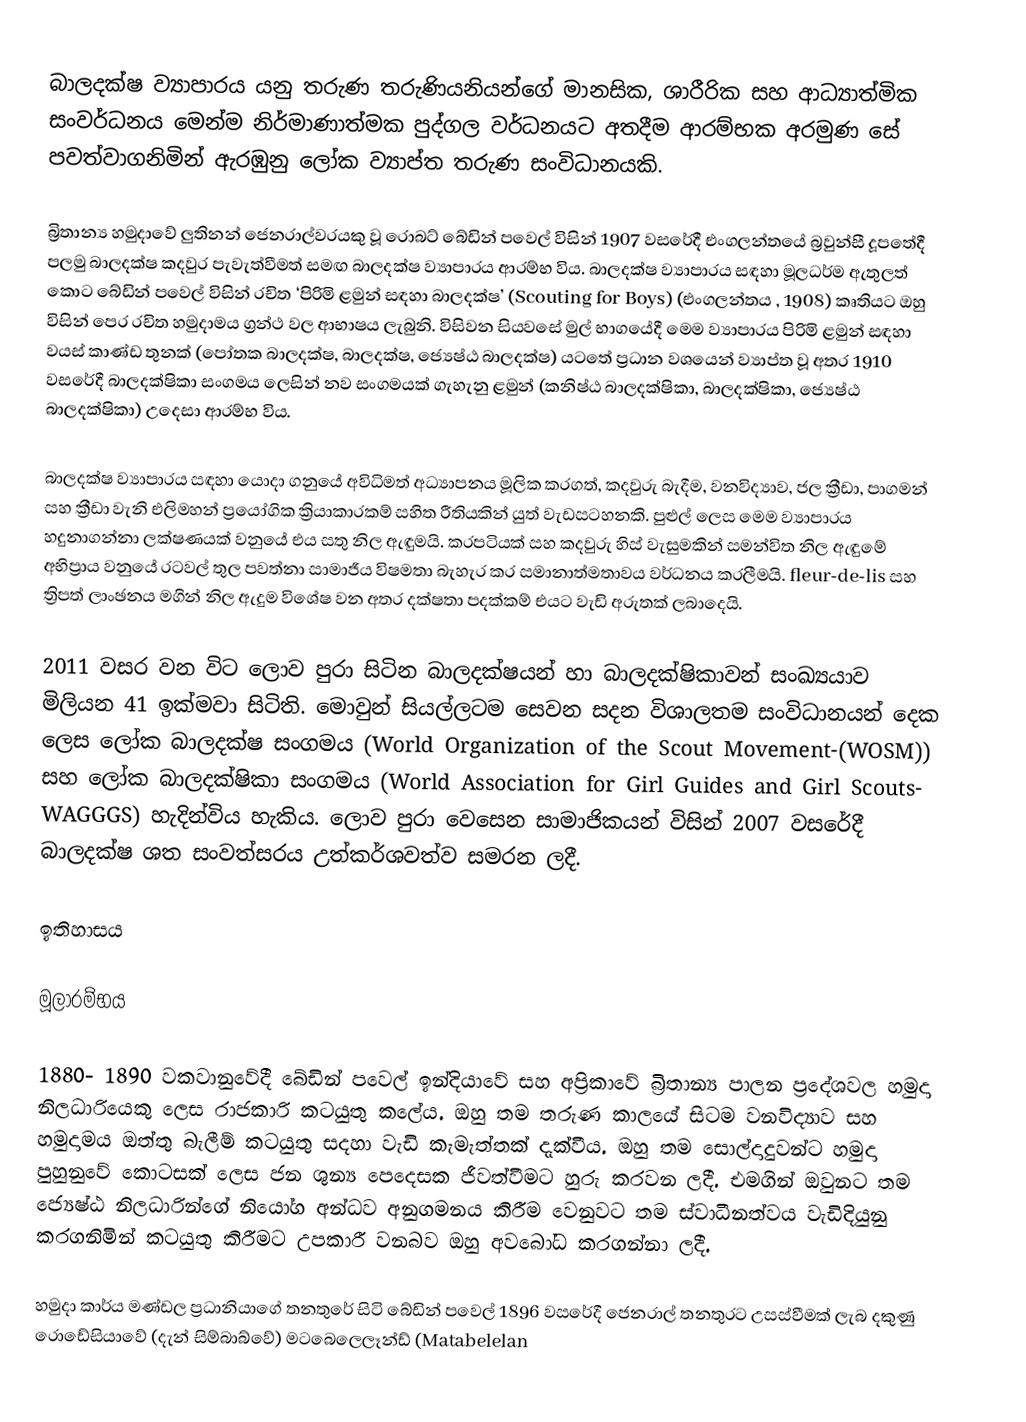
බාලදක්ෂ ව්‍යාපාරය යනු තරුණ තරුණියනියන්ගේ මානසික, ශාරීරික සහ ආධ්‍යාත්මික සංවර්ධනය මෙන්ම නිර්මාණාත්මක පුද්ගල වර්ධනයට අතදීම ආරම්භක අරමුණ  සේ පවත්වාගනිමින් ඇරඹුනු ලෝක ව්‍යාප්ත තරුණ සංවිධානයකි.

බ්‍රිතාන්‍ය හමුදාවේ ලුතිනන් ජෙනරාල්වරයකු වූ රොබට් බේඩින් පවෙල් විසින් 1907 වසරේදී එංගලන්තයේ බ්‍රවුන්සී දූපතේදී පලමු බාලදක්ෂ කදවුර පැවැත්වීමත් සමඟ බාලදක්ෂ ව්‍යාපාරය ආරම්භ විය. බාලදක්ෂ ව්‍යාපාරය සඳහා මූලධර්ම  ඇතුලත් කොට බේඩින් පවෙල් විසින් රචිත  ‘පිරිමි ළමුන් සඳහා බාලදක්ෂ’ (Scouting for Boys) (එංගලන්තය , 1908) කෘතියට ඔහු විසින් පෙර රචිත හමුදාමය ග්‍රන්ථ වල ආභාෂය ලැබුනි.  විසිවන සියවසේ මුල් භාගයේදී මෙම ව්‍යාපාරය පිරිමි ළමුන් සඳහා වයස් කාණ්ඩ තුනක් (පෝතක බාලදක්ෂ, බාලදක්ෂ, ජ්‍යෙෂ්ඨ බාලදක්ෂ) යටතේ ප්‍රධාන වශයෙන් ව්‍යාප්ත වූ අතර 1910 වසරේදී බාලදක්ෂිකා සංගමය ලෙසින් නව සංගමයක් ගැහැනු ළමුන් (කනිෂ්ඨ බාලදක්ෂිකා, බාලදක්ෂිකා, ජ්‍යෙෂ්ඨ බාලදක්ෂිකා) උදෙසා ආරම්භ විය.

බාලදක්ෂ ව්‍යාපාරය සඳහා යොදා ගනුයේ අවිධිමත් අධ්‍යාපනය මූලික කරගත්,  කදවුරු බැදීම, වනවිද්‍යාව, ජල ක්‍රීඩා, පාගමන් සහ ක්‍රීඩා වැනි එලිමහන් ප්‍රයෝගික ක්‍රියාකාරකම් සහිත රීතියකින් යුත් වැඩසටහනකි.  පුළුල් ලෙස මෙම ව්‍යාපාරය හදුනාගන්නා ලක්ෂණයක් වනුයේ එය සතු නිල ඇඳුමයි. කරපටියක් සහ කදවුරු හිස් වැසුමකින් සමන්විත නිල ඇඳුමේ අභිප්‍රාය වනුයේ රටවල් තුල පවත්නා සාමාජීය විෂමතා බැහැර කර සමානාත්මතාවය වර්ධනය කරලීමයි.  ‍fleur-de-lis සහ ත්‍රිපත් ලාංඡනය මගින් නිල ඇදුම විශේෂ වන අතර දක්ෂතා පදක්කම් එයට වැඩි අරුතක් ලබාදෙයි.

2011 වසර වන විට ලොව පුරා සිටින බාලදක්ෂයන් හා බාලදක්ෂිකාවන් සංඛ්‍යයාව මිලියන 41 ඉක්මවා සිටිති. මොවුන් සියල්ලටම සෙවන සදන විශාලතම සංවිධානයන් දෙක ලෙස  ලෝක බාලදක්ෂ සංගමය (World Organization of the Scout Movement-(WOSM)) සහ  ලෝක බාලදක්ෂිකා සංගමය (World Association for Girl Guides and Girl Scouts- WAGGGS) හැදින්විය හැකිය. ලොව පුරා වෙසෙන සාමාජිකයන් විසින් 2007 වසරේදී බාලදක්ෂ ශත සංවත්සරය උත්කර්ශවත්ව සමරන ලදී.

ඉතිහාසය

මූලාරම්භය

1880- 1890 වකවානුවේදී බේඩින් පවෙල් ඉන්දියාවේ සහ අප්‍රිකාවේ බ්‍රිතාන්‍ය පාලන ප්‍රදේශවල හමුදා නිලධාරියෙකු ලෙස රාජකාරි කටයුතු කලේය. ඔහු තම තරුණ කාලයේ සිටම වනවිද්‍යාව සහ හමුදාමය ඔත්තු බැලීම් කටයුතු සදහා වැඩි කැමැත්තක් දැක්වීය. ඔහු තම සොල්දාදුවන්ට  හමුදා පුහුනුවේ කොටසක් ලෙස ජන ශුන්‍ය පෙදෙසක ජීවත්වීමට හුරු කරවන ලදී. එමගින් ඔවුනට තම ජ්‍යෙෂ්ඨ නිලධාරින්ගේ නියෝග අන්ධව අනුගමනය කිරීම වෙනුවට තම ස්වාධීනත්වය වැඩිදියුනු කරගනිමින් කටයුතු කිරීමට උපකාරී වනබව ඔහු අවබෝධ කරගන්නා ලදී.

හමුදා කාර්ය මණ්ඩල ප්‍රධානියාගේ තනතුරේ සිටි බේඩින් පවෙල් 1896 වසරේදී ජෙනරාල් තනතුරට උසස්වීමක් ලැබ දකුණු  රොඩේසියාවේ (දැන් සිම්බාබ්වේ) මටබෙලෙලෑන්ඩ් (Matabelelan